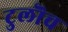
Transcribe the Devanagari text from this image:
टुलॊच